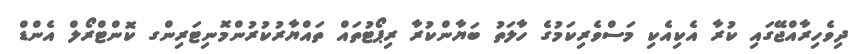
ދިވެހިރާއްޖޭގައި ކުރާ އެކިއެކި މަސްވެރިކަމުގެ ހާލަތު ބަޔާންކުރާ ރިޕޯޓުތައް ތައްޔާރުކުރުންމޮނިޓަރިންގ ކޮންޓްރޯލް އެންޑް